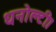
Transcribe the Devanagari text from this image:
धनोल्टी।